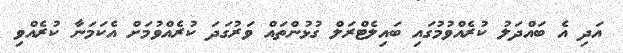
އަދި އެ ބައްދަލު ކުރެއްވުމުގައި ބައިލެޓްރަލް ގުޅުންތައް ވަރުގަދަ ކުރެެއްވުމަށް އެކަމަނާ ކުރެއްވި